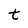
Character: t